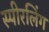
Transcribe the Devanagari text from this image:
स्पीरलिंग